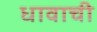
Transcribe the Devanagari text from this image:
धावाची